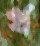
খ